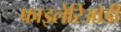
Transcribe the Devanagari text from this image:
फाइलेरिओडी